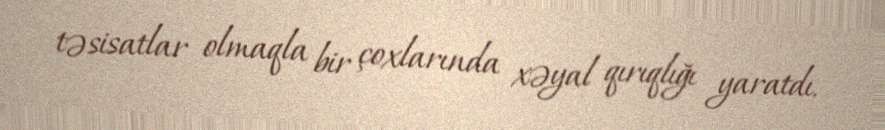
təsisatlar olmaqla bir çoxlarında xəyal qırıqlığı yaratdı.